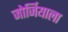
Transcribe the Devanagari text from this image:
जोर्जियाला